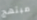
مبتهج